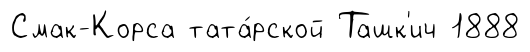
Смак-Корса тата́рской Ташк'ич 1888